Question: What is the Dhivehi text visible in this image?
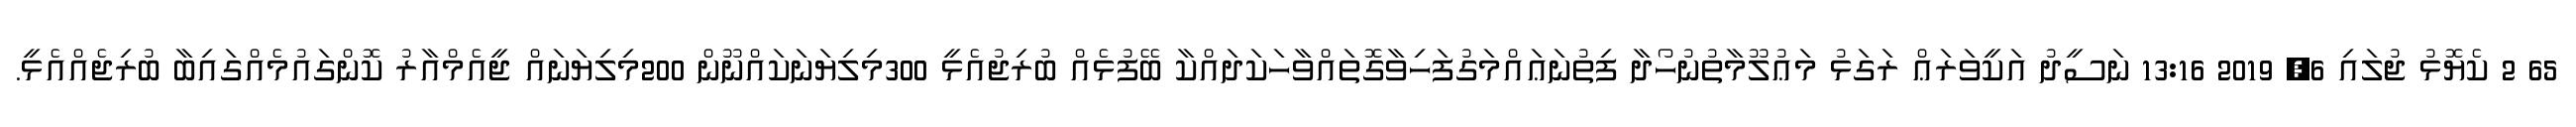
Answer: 65 2 ކެޔޮޅު ޖުލައި 6, 2019 13:16 ނަސީދު އަކީވަރަޢް ރަގަޅު މަޢުލޫމާތުނުހޯދާ ފިތުނަޢައްމަގުފަހިވާގޮތައްވާހަކަދައްކާ ބޭފުޅެއް ބުރިޖުއެޅީ 300މިލިޔަނަކައްނޫން 200މިލިޔަނައް ޖީއެމްއާރު ކޮންގައުމެއްގައިބާ ބުރިޖެއްއެޅީ.